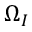
\boldsymbol { \Omega } _ { I }